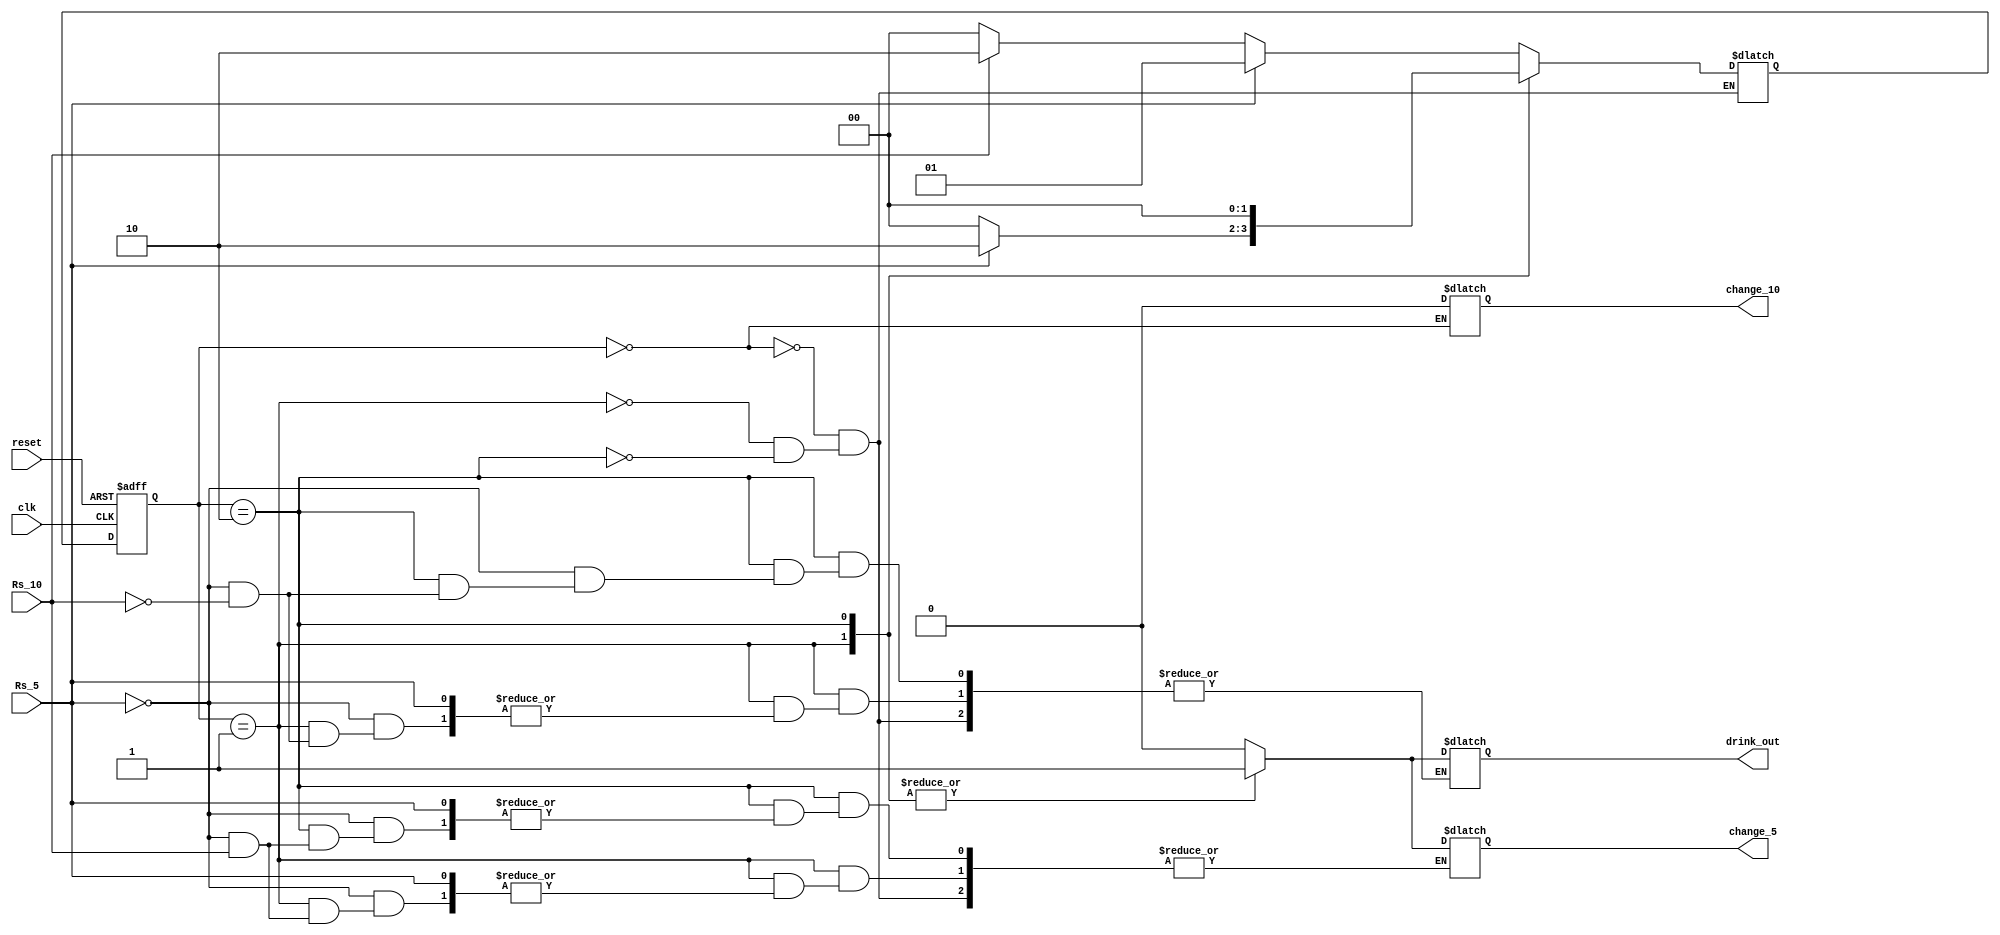
module vend(clk,reset,Rs_5,Rs_10,change_5,change_10,drink_out);
input clk,reset,Rs_5,Rs_10;
output reg change_5,change_10,drink_out;
reg[1:0] state,nextstate;
localparam S0=2'd0;
localparam S1=2'd1;
localparam S2=2'd2;

always @ (posedge clk or posedge reset)
begin
if (reset)
state<=S0;
else
state<=nextstate;
end
always @ (*)
case(state)
S0:begin
drink_out=1'b0;
change_5=1'b0;
change_10=1'b0;
if (Rs_5)
begin
nextstate=S1;
end
else if (Rs_10)
begin
nextstate=S2;
end
else
begin
nextstate=S0;
end
end
S1:begin
if (Rs_5)
begin
nextstate=S2;
end
else if (Rs_10)
begin
drink_out=1'b1;
nextstate=S0;
end
else
begin
change_5=1'b1;
nextstate=S0;
end
end
S2:begin
if (Rs_5)
begin
drink_out=1'b1;
nextstate=S0;
end
else if (Rs_10)
begin
drink_out=1'b1;
nextstate=S0;
end
else
begin
change_5=1'b1;
nextstate=S0;
end
end
endcase
endmodule